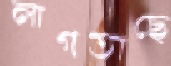
লাগতাছে